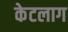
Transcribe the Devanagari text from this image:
केटलाग